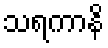
သရကာနိ